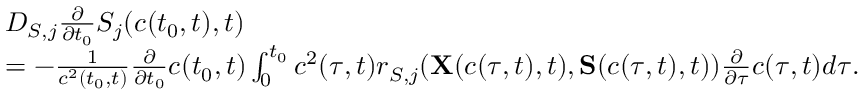
\begin{array} { r l } & { D _ { S , j } \frac { \partial } { \partial t _ { 0 } } S _ { j } ( c ( t _ { 0 } , t ) , t ) } \\ & { = - \frac { 1 } { c ^ { 2 } ( t _ { 0 } , t ) } \frac { \partial } { \partial t _ { 0 } } c ( t _ { 0 } , t ) \int _ { 0 } ^ { t _ { 0 } } c ^ { 2 } ( \tau , t ) r _ { S , j } ( { { \bf X } ( c ( \tau , t ) , t ) } , { { \bf S } } ( c ( \tau , t ) , t ) ) \frac { \partial } { \partial \tau } c ( \tau , t ) d \tau . } \end{array}